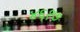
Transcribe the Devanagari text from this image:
४६१७